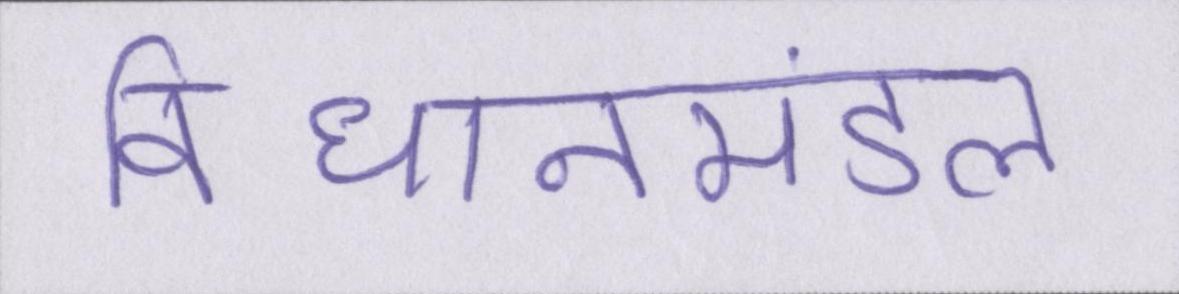
विधानमंडल